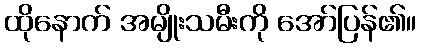
ထိုနောက် အမျိုးသမီးကို အော်ပြန်၏။